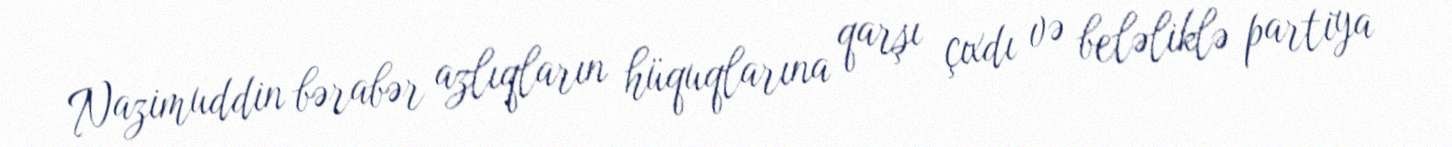
Nazimuddin bərabər azlıqların hüquqlarına qarşı çıxdı və beləliklə partiya